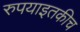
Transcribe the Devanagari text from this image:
रुपयाइतकीच